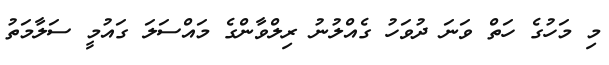
މި މަހުގެ ހަތް ވަނަ ދުވަހު ގެއްލުނު ރިލްވާންގެ މައްސަލަ ގައުމީ ސަލާމަތު